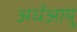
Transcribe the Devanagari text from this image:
अर्धआयु